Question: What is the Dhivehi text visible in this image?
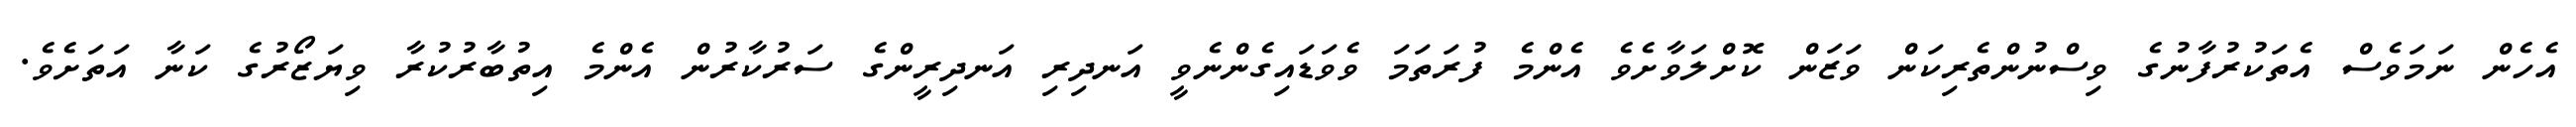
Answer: އެހެން ނަމަވެސް އެތަކުރުފާނުގެ ވިސްނުންތެރިކަން ވަޒަން ކޮށްލަވާށެވެ އެންމެ ފުރަތަމަ ވެވަޑައިގެންނެވީ އަނދިރި އަނދިރީންގެ ސަރުކާރުން އެންމެ އިތުބާރުކުރާ ވިޔަޒޯރުގެ ކަނާ އަތަށެވެ.